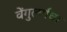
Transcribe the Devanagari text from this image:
वेंगुर्ल्याचा